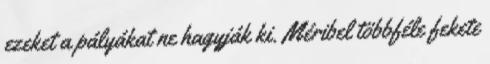
ezeket a pályákat ne hagyják ki. Méribel többféle fekete